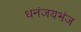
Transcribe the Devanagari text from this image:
धनंजयभंज